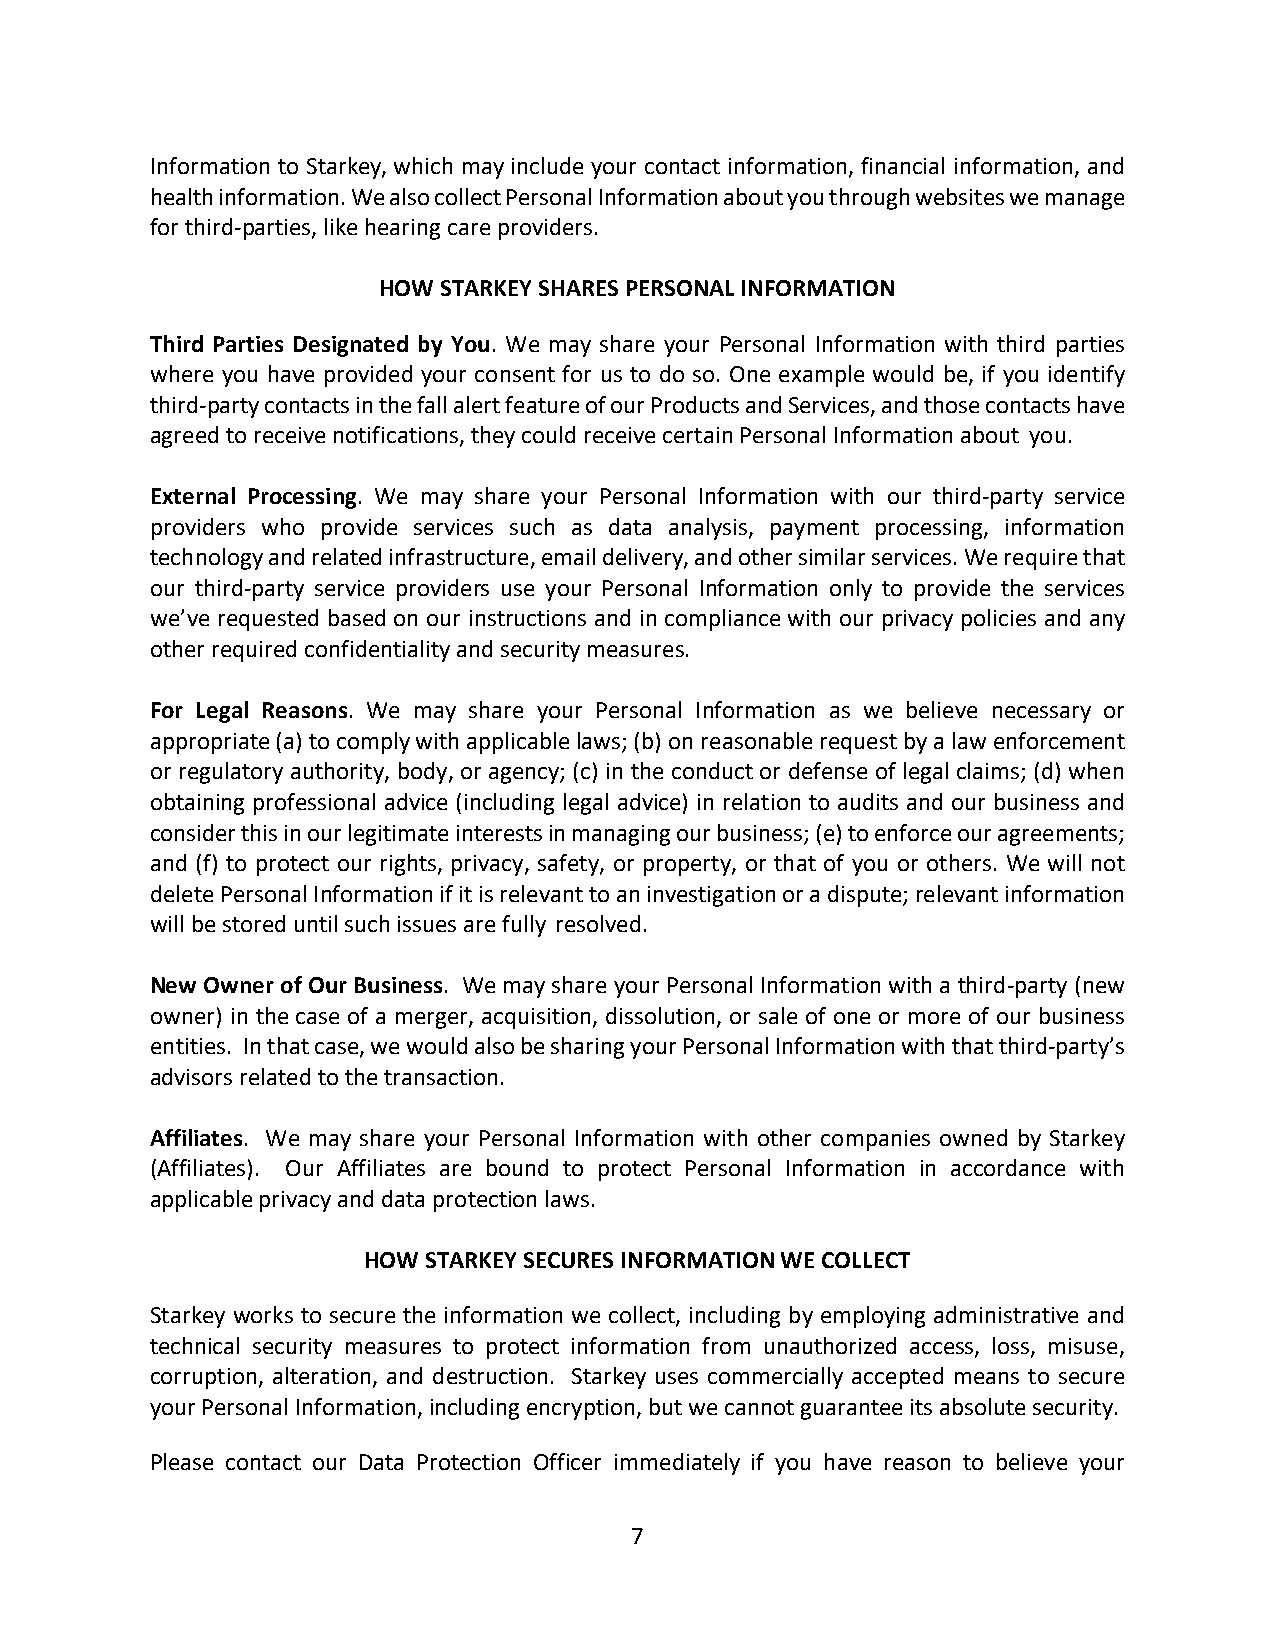
Information to Starkey, which may include your contact information, financial information, and
 health information. We also collect Personal Information about you through websites we manage
 for third-parties, like hearing care providers.
 HOW STARKEY SHARES PERSONAL INFORMATION
 Third Parties Designated by You. We may share your Personal Information with third parties
 where you have provided your consent for us to do so. One example would be, if you identify
 third-party contacts in the fall alert feature of our Products and Services, and those contacts have
 agreed to receive notifications, they could receive certain Personal Information about you.
 External Processing. We may share your Personal Information with our third-party service
 providers who provide services such as data analysis, payment processing, information
 technology and related infrastructure, email delivery, and other similar services. We require that
 our third-party service providers use your Personal Information only to provide the services
 we’ve requested based on our instructions and in compliance with our privacy policies and any
 other required confidentiality and security measures.
 For Legal Reasons. We may share your Personal Information as we believe necessary or
 appropriate (a) to comply with applicable laws; (b) on reasonable request by a law enforcement
 or regulatory authority, body, or agency; (c) in the conduct or defense of legal claims; (d) when
 obtaining professional advice (including legal advice) in relation to audits and our business and
 consider this in our legitimate interests in managing our business; (e) to enforce our agreements;
 and (f) to protect our rights, privacy, safety, or property, or that of you or others. We will not
 delete Personal Information if it is relevant to an investigation or a dispute; relevant information
 will be stored until such issues are fully resolved.
 New Owner of Our Business. We may share your Personal Information with a third-party (new
 owner) in the case of a merger, acquisition, dissolution, or sale of one or more of our business
 entities. In that case, we would also be sharing your Personal Information with that third-party’s
 advisors related to the transaction.
 Affiliates. We may share your Personal Information with other companies owned by Starkey
 (Affiliates). Our Affiliates are bound to protect Personal Information in accordance with
 applicable privacy and data protection laws.
 HOW STARKEY SECURES INFORMATION WE COLLECT
 Starkey works to secure the information we collect, including by employing administrative and
 technical security measures to protect information from unauthorized access, loss, misuse,
 corruption, alteration, and destruction. Starkey uses commercially accepted means to secure
 your Personal Information, including encryption, but we cannot guarantee its absolute security.
 Please contact our Data Protection Officer immediately if you have reason to believe your
 7